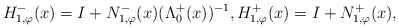
\begin{align*}H_{1,\varphi}^-(x)= I + N_{1,\varphi}^{-}(x) (\Lambda_{0}^{+}(x))^{-1},H_{1,\varphi}^+(x)= I + N_{1,\varphi}^{+}(x),\end{align*}